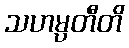
သဟမ္ပတီတိ